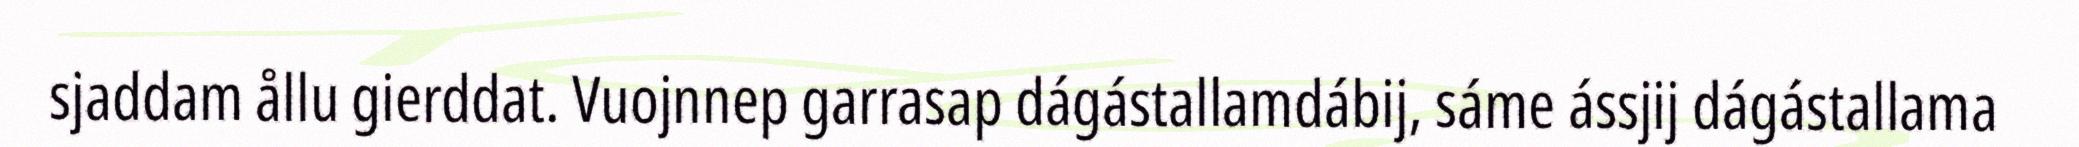
sjaddam ållu gierddat. Vuojnnep garrasap dágástallamdábij, sáme ássjij dágástallama